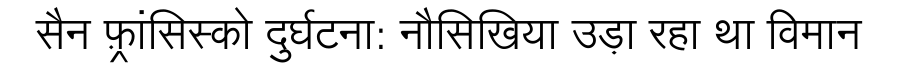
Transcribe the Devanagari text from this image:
सैन फ़्रांसिस्को दुर्घटना: नौसिखिया उड़ा रहा था विमान